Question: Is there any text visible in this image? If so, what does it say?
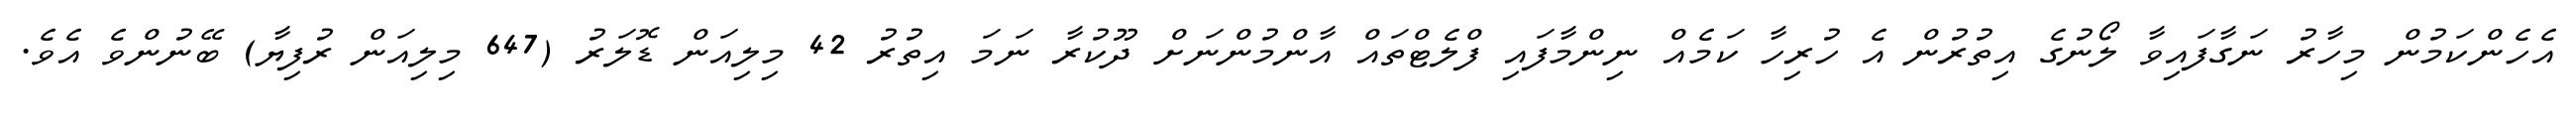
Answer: އެހެންކަމުން މިހާރު ނަގާފައިވާ ލޯނުގެ އިތުރުން އެ ހުރިހާ ކަމެއް ނިންމާފައި ފްލެޓްތައް އާންމުންނަށް ދޫކުރާ ނަމަ އިތުރު 42 މިލިއަން ޑޮލަރު (647 މިލިއަން ރުފިޔާ) ބޭނުންވެ އެވެ.